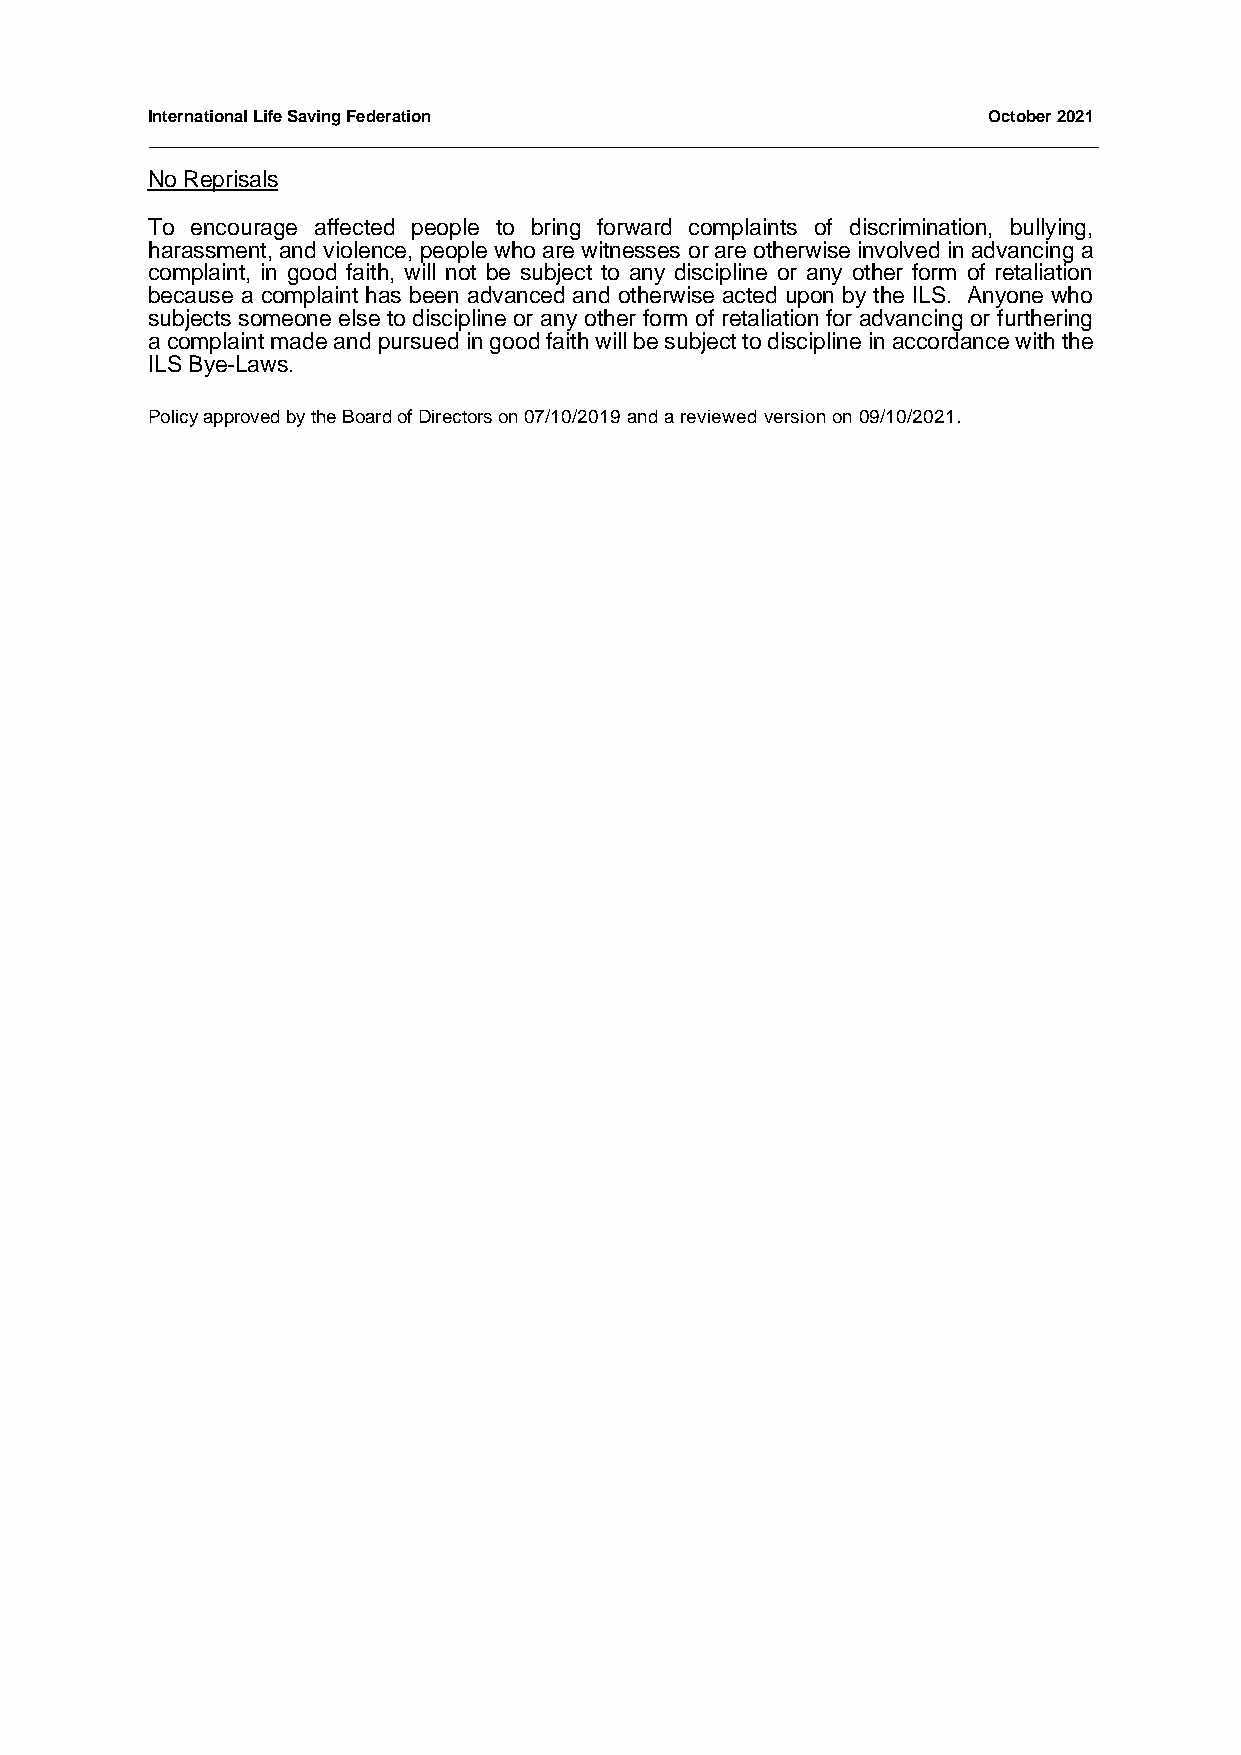
International Life Saving Federation                   October 2021
 No Reprisals
 To encourage affected people to bring forward complaints of discrimination, bullying,
 harassment, and violence, people who are witnesses or are otherwise involved in advancing a
 complaint, in good faith, will not be subject to any discipline or any other form of retaliation
 because a complaint has been advanced and otherwise acted upon by the ILS. Anyone who
 subjects someone else to discipline or any other form of retaliation for advancing or furthering
 a complaint made and pursued in good faith will be subject to discipline in accordance with the
 ILS Bye-Laws.
 Policy approved by the Board of Directors on 07/10/2019 and a reviewed version on 09/10/2021.